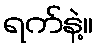
ရက်နဲ့။